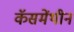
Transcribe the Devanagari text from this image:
कॅसमेंथीन